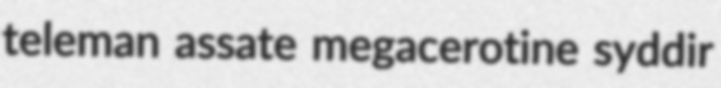
teleman assate megacerotine syddir